Annual report of the Bengal Veterinary College, and of the Civil Veterinary Department, Bengal, for the year 1901-1902 - 1901-1902
Year: 1901
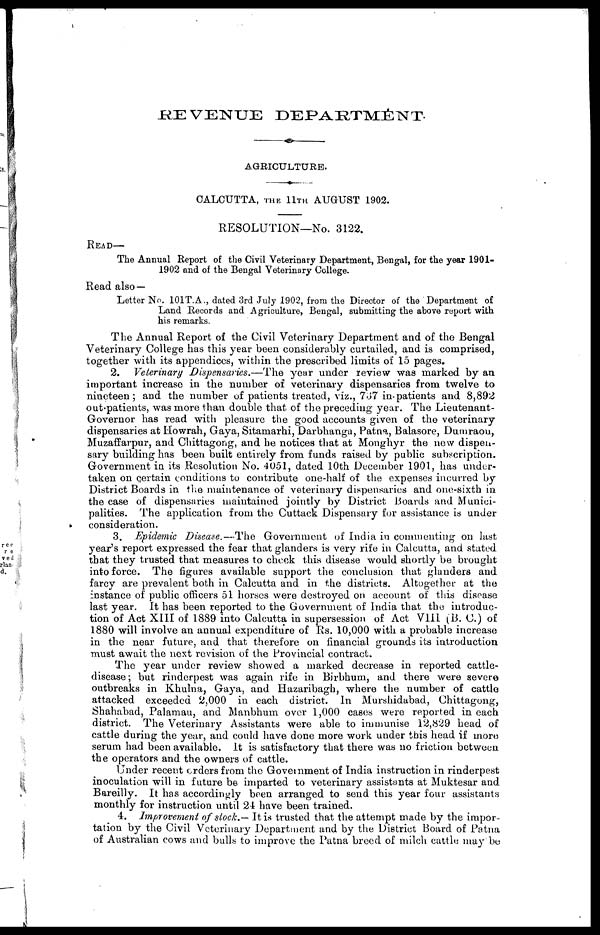
REVENUE DEPAETMENT
AGRICULTURE.
CALCUTTA, the 11th AUGUST 1902.
RESOLUTION—No. 3122.
READ—
The Annual Report of the Civil Veterinary Department, Bengal, for the year 1901-
1902 and of the Bengal Veterinary College.
Read also —
Letter No. 101T.A., dated 3rd July 1902, from the Director of the Department of
Land Records and Agriculture, Bengal, submitting the above report with
his remarks.
The Annual Report of the Civil Veterinary Department and of the Bengal
Veterinary College has this year been considerably curtailed, and is comprised,
together with its appendices, within the prescribed limits of 15 pages.
2. Veterinary Dispensaries.—The
year under review was marked by an
important increase in the number of veterinary dispensaries from twelve to
nineteen; and the number of patients treated, viz., 787 in-patients and 8,892
out-patients, was more than double that of the preceding year. The Lieutenant-
Governor has read with pleasure the good accounts given of the veterinary
dispensaries at Howrah, Gaya, Sitamarhi, Darbhanga, Patna, Balasore, Dumraou,
Muzaffarpur, and Chittagong, and he notices that at Monghyr the new dispeu-
sary building has been built entirely from funds raised by public subscription.
Government in its Resolution No. 4051, dated 10th December 1901, has under-
taken on certain conditions to contribute one-half of the expenses incurred by
District Boards in the maintenance of veterinary dispensaries and one-sixth in
the case of dispensaries maintained jointly by District. Boards and Munici-
palities. The application from the Cuttack Dispensary for assistance is under
consideration.
3. Epidemic Disease.—The Government of India in commenting on last
year's report expressed the fear that glanders is very rife in Calcutta, and stated
that they trusted that measures to check this disease would shortly be brought
into force. The figures available support the conclusion that glanders and
farcy are prevalent both in Calcutta and in the districts. Altogether at the
instance of public officers 51 horses were destroyed on account of this disease
last year. It has been reported to the Government of India that the introduc-
tion of Act XIII of 1889 into Calcutta in supersession of Act VIII (B. C.) of
1880 will involve an annual expenditure of Rs. 10,000 with a probable increase
in the near future, and that therefore on financial grounds its introduction
must await the next revision of the Provincial contract.
The year under review showed a marked decrease in reported cattle-
disease ; but rinderpest was again rife in Birbhum, and there were severe
outbreaks in Khulna, Gaya, and Hazaribagh, where the number of cattle
attacked exceeded 2,000 in each district. In Murshidabad, Chittagong,
Shahabad, Palamau, and Manbhum over 1,000 cases were reported in each
district. The Veterinary Assistants were able to immunise 12,829 head of
cattle during the year, and could have done more work under this head if more
serum had been available. It is satisfactory that there was no friction between
the operators and the owners of cattle.
Under recent orders from the Government of India instruction in rinderpest
inoculation will in future be imparted to veterinary assistants at Muktesar and
Bareilly. It has accordingly been arranged to send this year four assistants
monthly for instruction until 24 have been trained.
4. Improvement of stock.— It is trusted that the attempt made by the impor-
tation by the Civil Veterinary Department and by the District Board of Patna
of Australian cows and bulls to improve the Patna breed of milch cattle may be